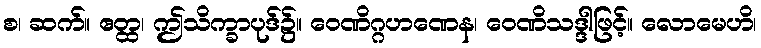
စ၊ ဆက်။ ဧတ္ထ၊ ဤသိက္ခာပုဒ်၌။ ဝေဏိဂ္ဂဟဏေန၊ ဝေဏိသဒ္ဒါဖြင့်။ လောမေဟိ၊